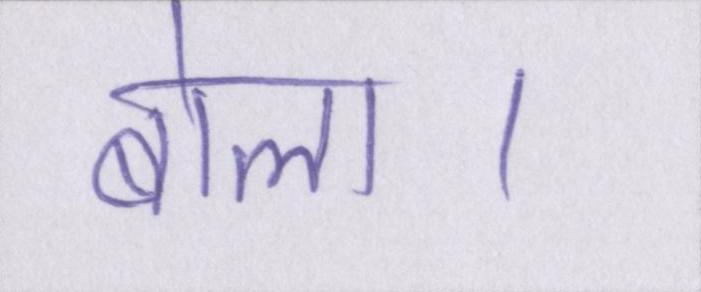
बोला।